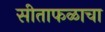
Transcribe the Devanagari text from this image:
सीताफळाचा